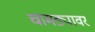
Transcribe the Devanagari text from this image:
चामड्यावर